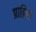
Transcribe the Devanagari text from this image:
प्राक्रित